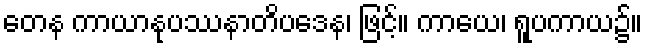
တေန ကာယာနုပဿနာတိပဒေန၊ ဖြင့်။ ကာယေ၊ ရူပကာယ၌။